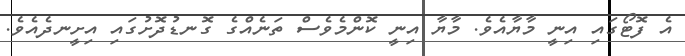
އެ ފޮޓޯގައި އިނީ މާޔާއެވެ. މާޔާ އިނީ ކޮންމެވެސް ތަނެއްގެ ގޮނޑުދޮށުގައި އިށީނދެއެވެ.